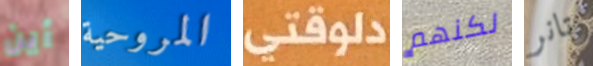
أين المروحية دلوقتى لكنهم تانر